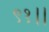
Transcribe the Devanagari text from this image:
९१।।